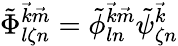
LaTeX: \tilde{\Phi}_{l\zeta n}^{{\vec{k}}{\vec{m}}}=\tilde{\phi}_{ln}^{{\vec{k}}{\vec{m}}}\tilde{\psi}_{\zeta n}^{{\vec{k}}}